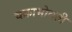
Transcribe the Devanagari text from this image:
चक्राभोवती